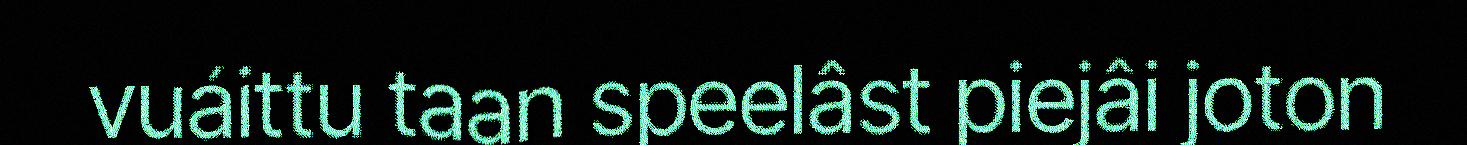
vuáittu taan speelâst piejâi joton